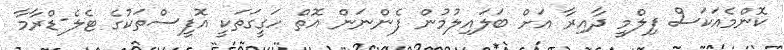
ކޮންމެއަކަސް ފިލްމީ ދާއިރާ އަށް ބަލައިލުމުން ފެންނަން އޮތް ހަގީގަތަކީ އޮފީސްތަކުގެ ޓެލެ-ޑްރާމާ